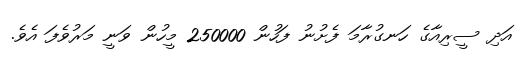
އަދި ސީރިއާގެ ހަނގުރާމަ ފެށުނު ފަހުން 250000 މީހުން ވަނީ މަރުވެފަ އެވެ.